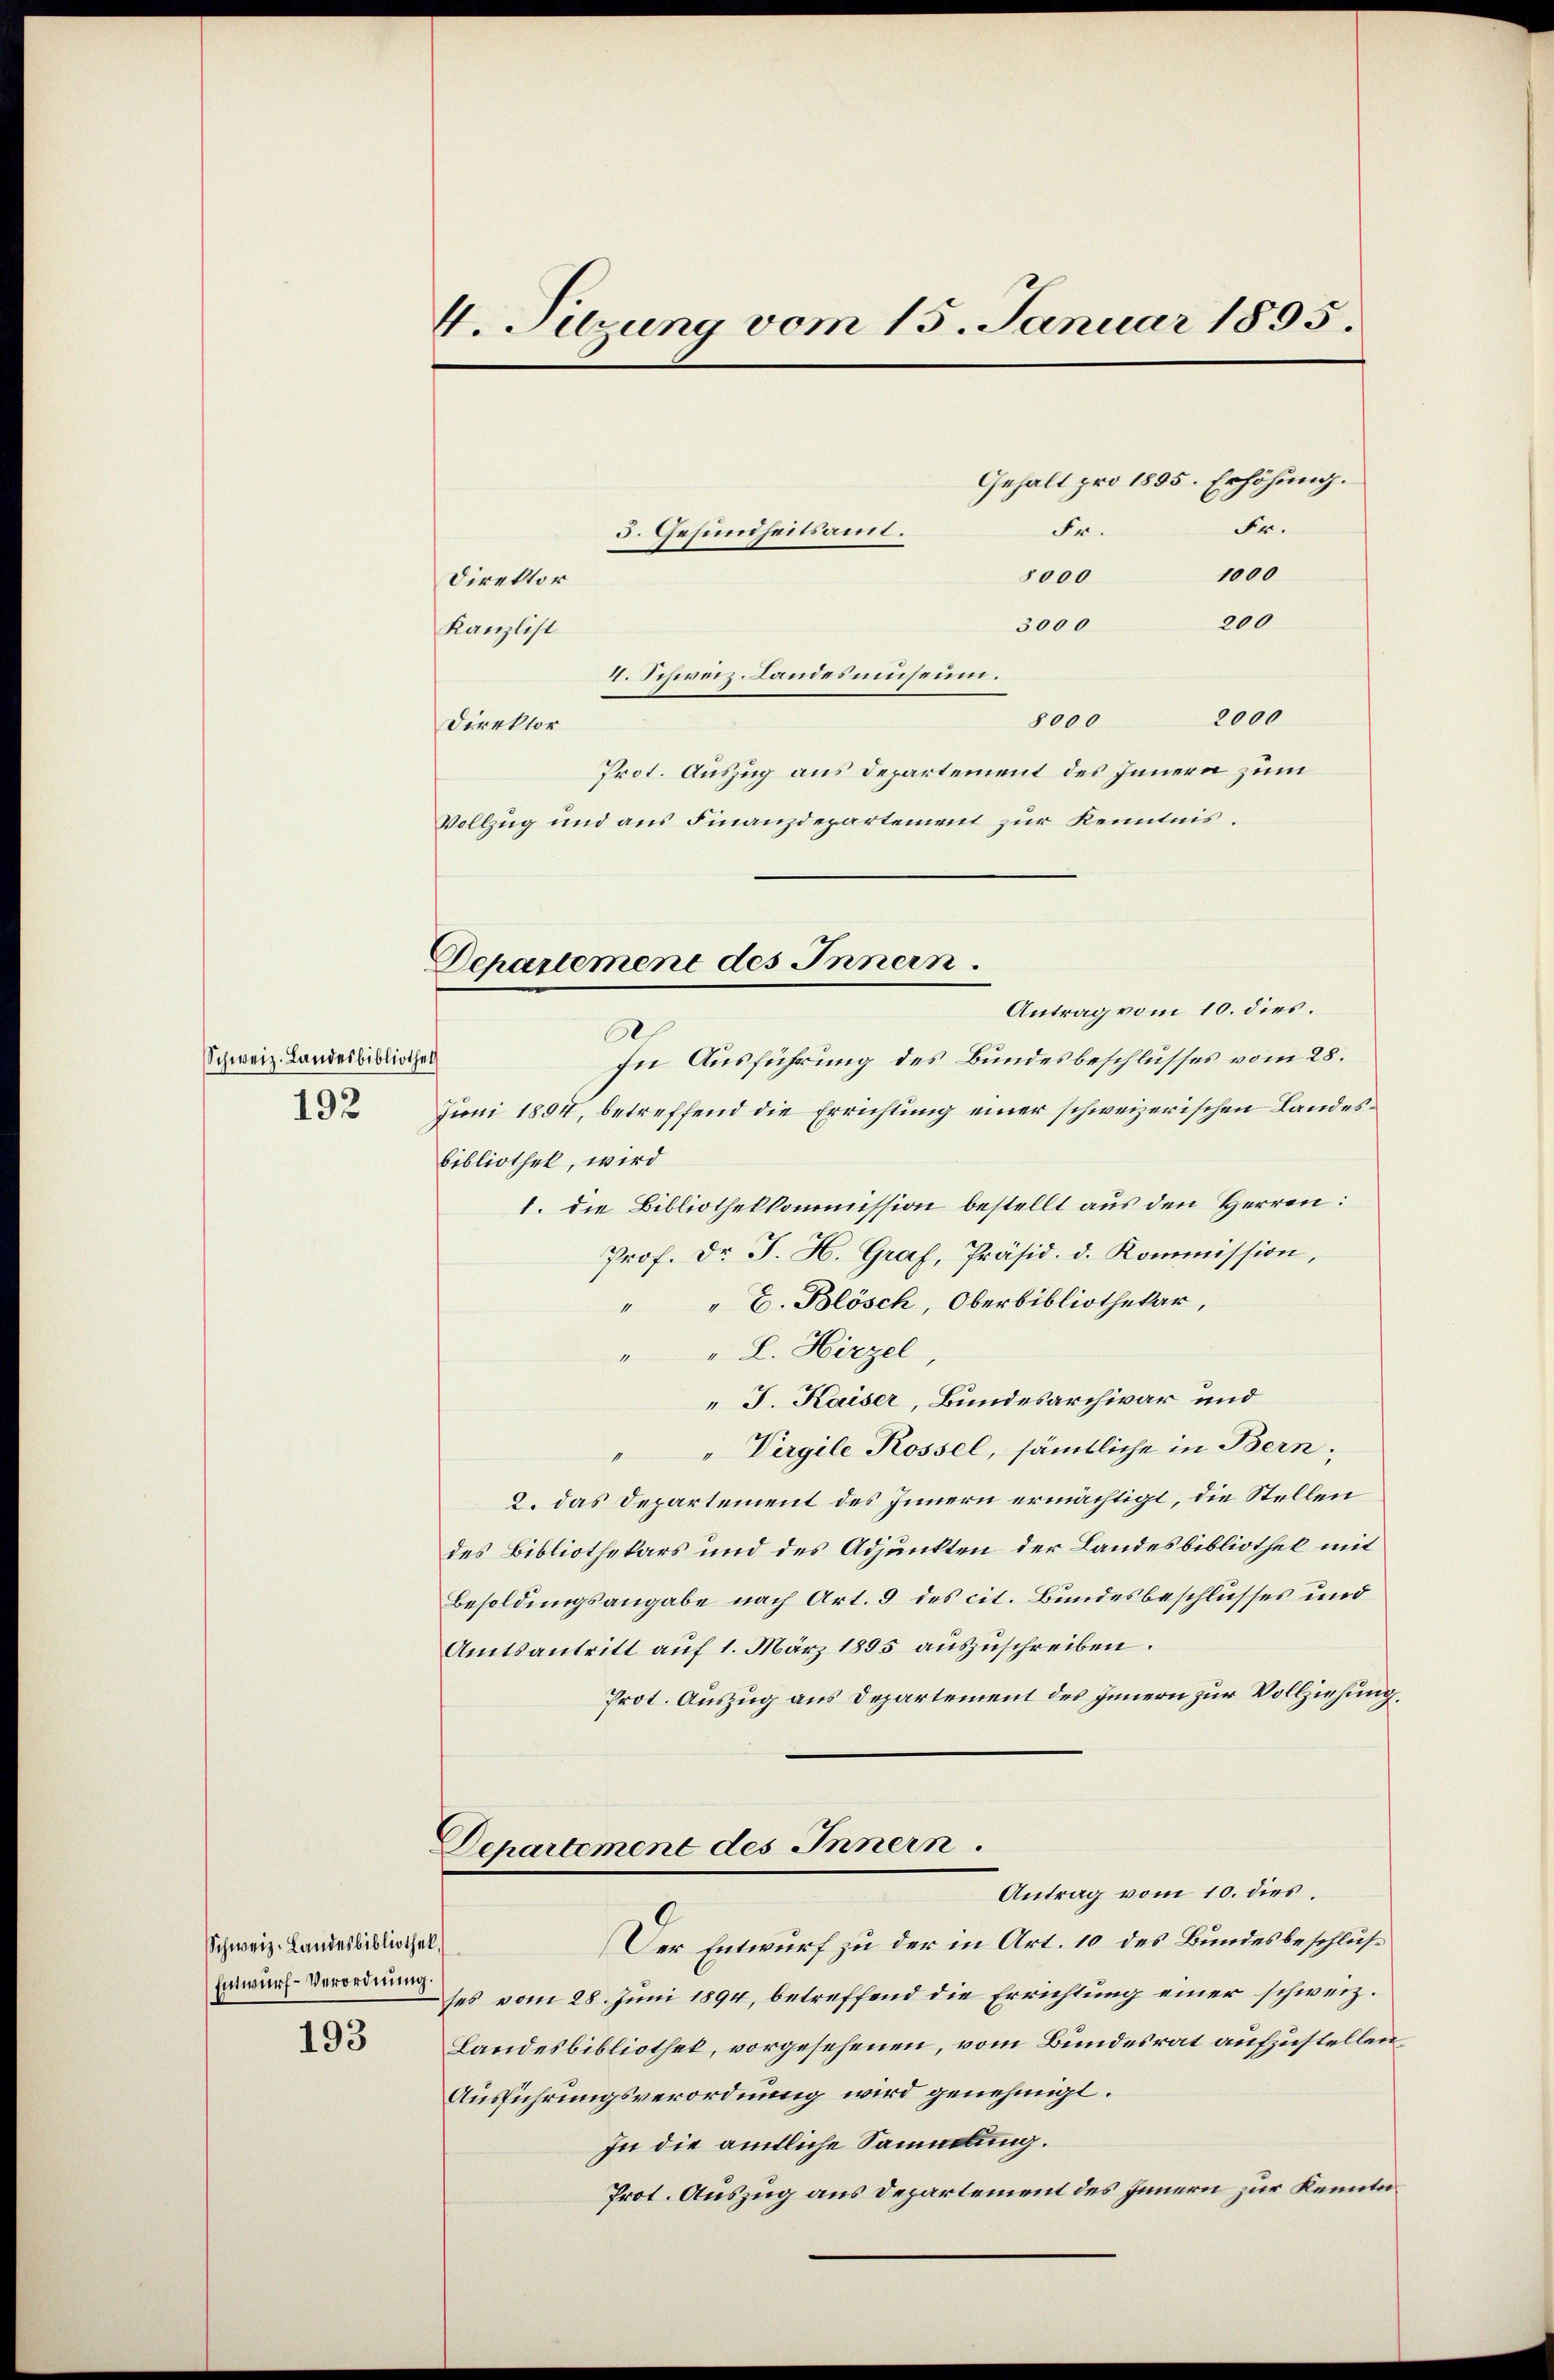
Schweiz. Landesbibliothek
192

Schweiz. Landesbibliothek.
Entwurf-Verordnung.

193

V. Tuzung vom 15. Januar 1895.
Gehalt pro 1895. Erhöhung.
Fr.
Fr.
3. Gesundheitsamt.
1000
8000
Direktor
200
3000
Kanzlist
4. Schweiz. Landesmuseum.

2000
8000
Direktor
Prot. Auszug aus Departement des Innern zum
Vollzug und aus Finanzdepartement zur Kenntnis.

Antrag vom 10. dies.
.
In Ausführung des Bundesbeschlusses vom 28.
Juni 1894, betreffend die Errichtung einer schweizerischen Landes¬
Bibliothek, wird
1. die Bibliothekkommission bestellt aus den Herren:
Prof. Dr. J. H. Graf, Präsid. d. Kommission,
" E. Blösch, Oberbibliothekar,
" "L. Hirzel,
" J. Kaiser, Bundesarchivar und
"Virgile Rossel, sämtliche in Bern;
2. das Departement des Innern ermächtigt, die Stellen
des Bibliothekars und des Adjunkten der Landesbibliothek mit
Besoldungsangabe nach Art. 9 des cit. Bundesbeschlusses und
Amtsantritt auf 1. März 1895 auszuschreiben.
Prot. Auszug aus Departement des Innern zur Vollziehung,
Departement des Innern.
Antrag vom 10. dies
Der Entwurf zu der in Art. 10 des Bundesbeschlusses vom 28. Juni 1894, betreffend die Errichtung einer schweiz.
Landesbibliothek, vorgesehenen, vom Bundesrat aufzustellen
Ausführungsverordnung wird genehmigt.
In die amtliche Sammlung.
Prot. Auszug aus Departement des Innern zur Kenntn

Departement des Innern